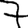
Digit: 7